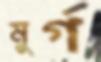
মুর্গ